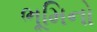
ભૂમિનો